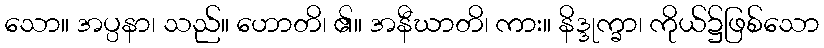
သော။ အပ္ပနာ၊ သည်။ ဟောတိ၊ ၏။ အနီဃာတိ၊ ကား။ နိဒ္ဒုက္ခာ၊ ကိုယ်၌ဖြစ်သော